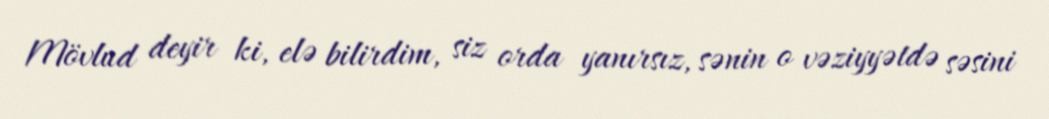
Mövlud deyir ki, elə bilirdim, siz orda yanırsız, sənin o vəziyyətdə səsini